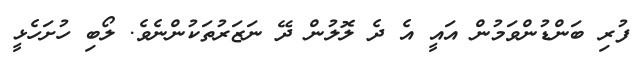
ފުރި ބަންޑުންވަމުން އައީ އެ ދެ ލޮލުން ދޭ ނަޒަރުތަކުންނެވެ. ލޯބި ހުށަހެޅީ